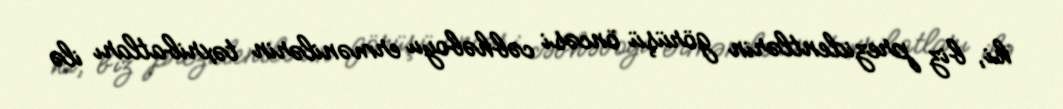
ki, biz prezidentlərin görüşü öncəsi cəbhəboyu ermənilərin təxribatları ilə